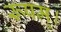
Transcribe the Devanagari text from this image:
रूपम्।